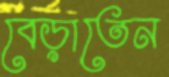
বেড়াতেন